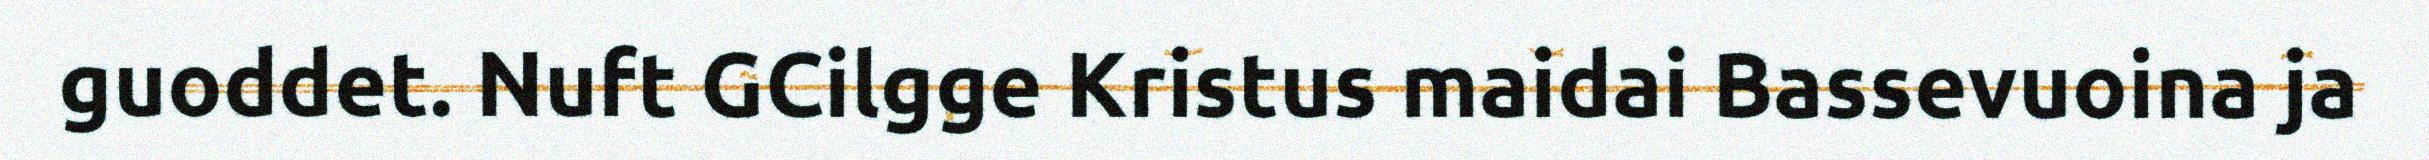
guoddet. Nuft GCilgge Kristus maidai Bassevuoina ja